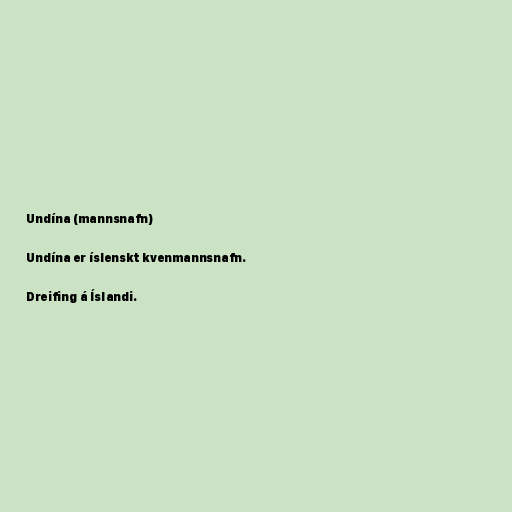
Undína (mannsnafn)

Undína er íslenskt kvenmannsnafn.

Dreifing á Íslandi.